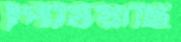
পিষিয়াছি